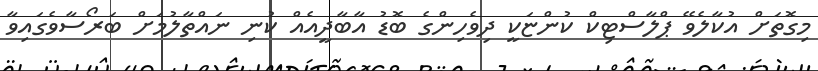
މިގޮތަށް އުކާލެވޭ ޕްލާސްޓިކް ކުންޏަކީ ދިވެހިންގެ ބޮޑު އާބާދީއެއް ކުނި ނައްތާލުމަށް ބަރޯސާވެގައިވާ